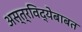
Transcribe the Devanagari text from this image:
अस्त्रविद्येबाबत